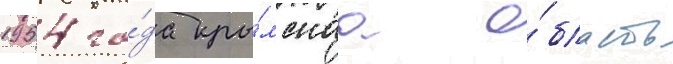
1954 го́да кры́мскаа о́бласть